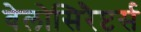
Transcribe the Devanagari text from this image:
वेलोसिरैप्टर्स